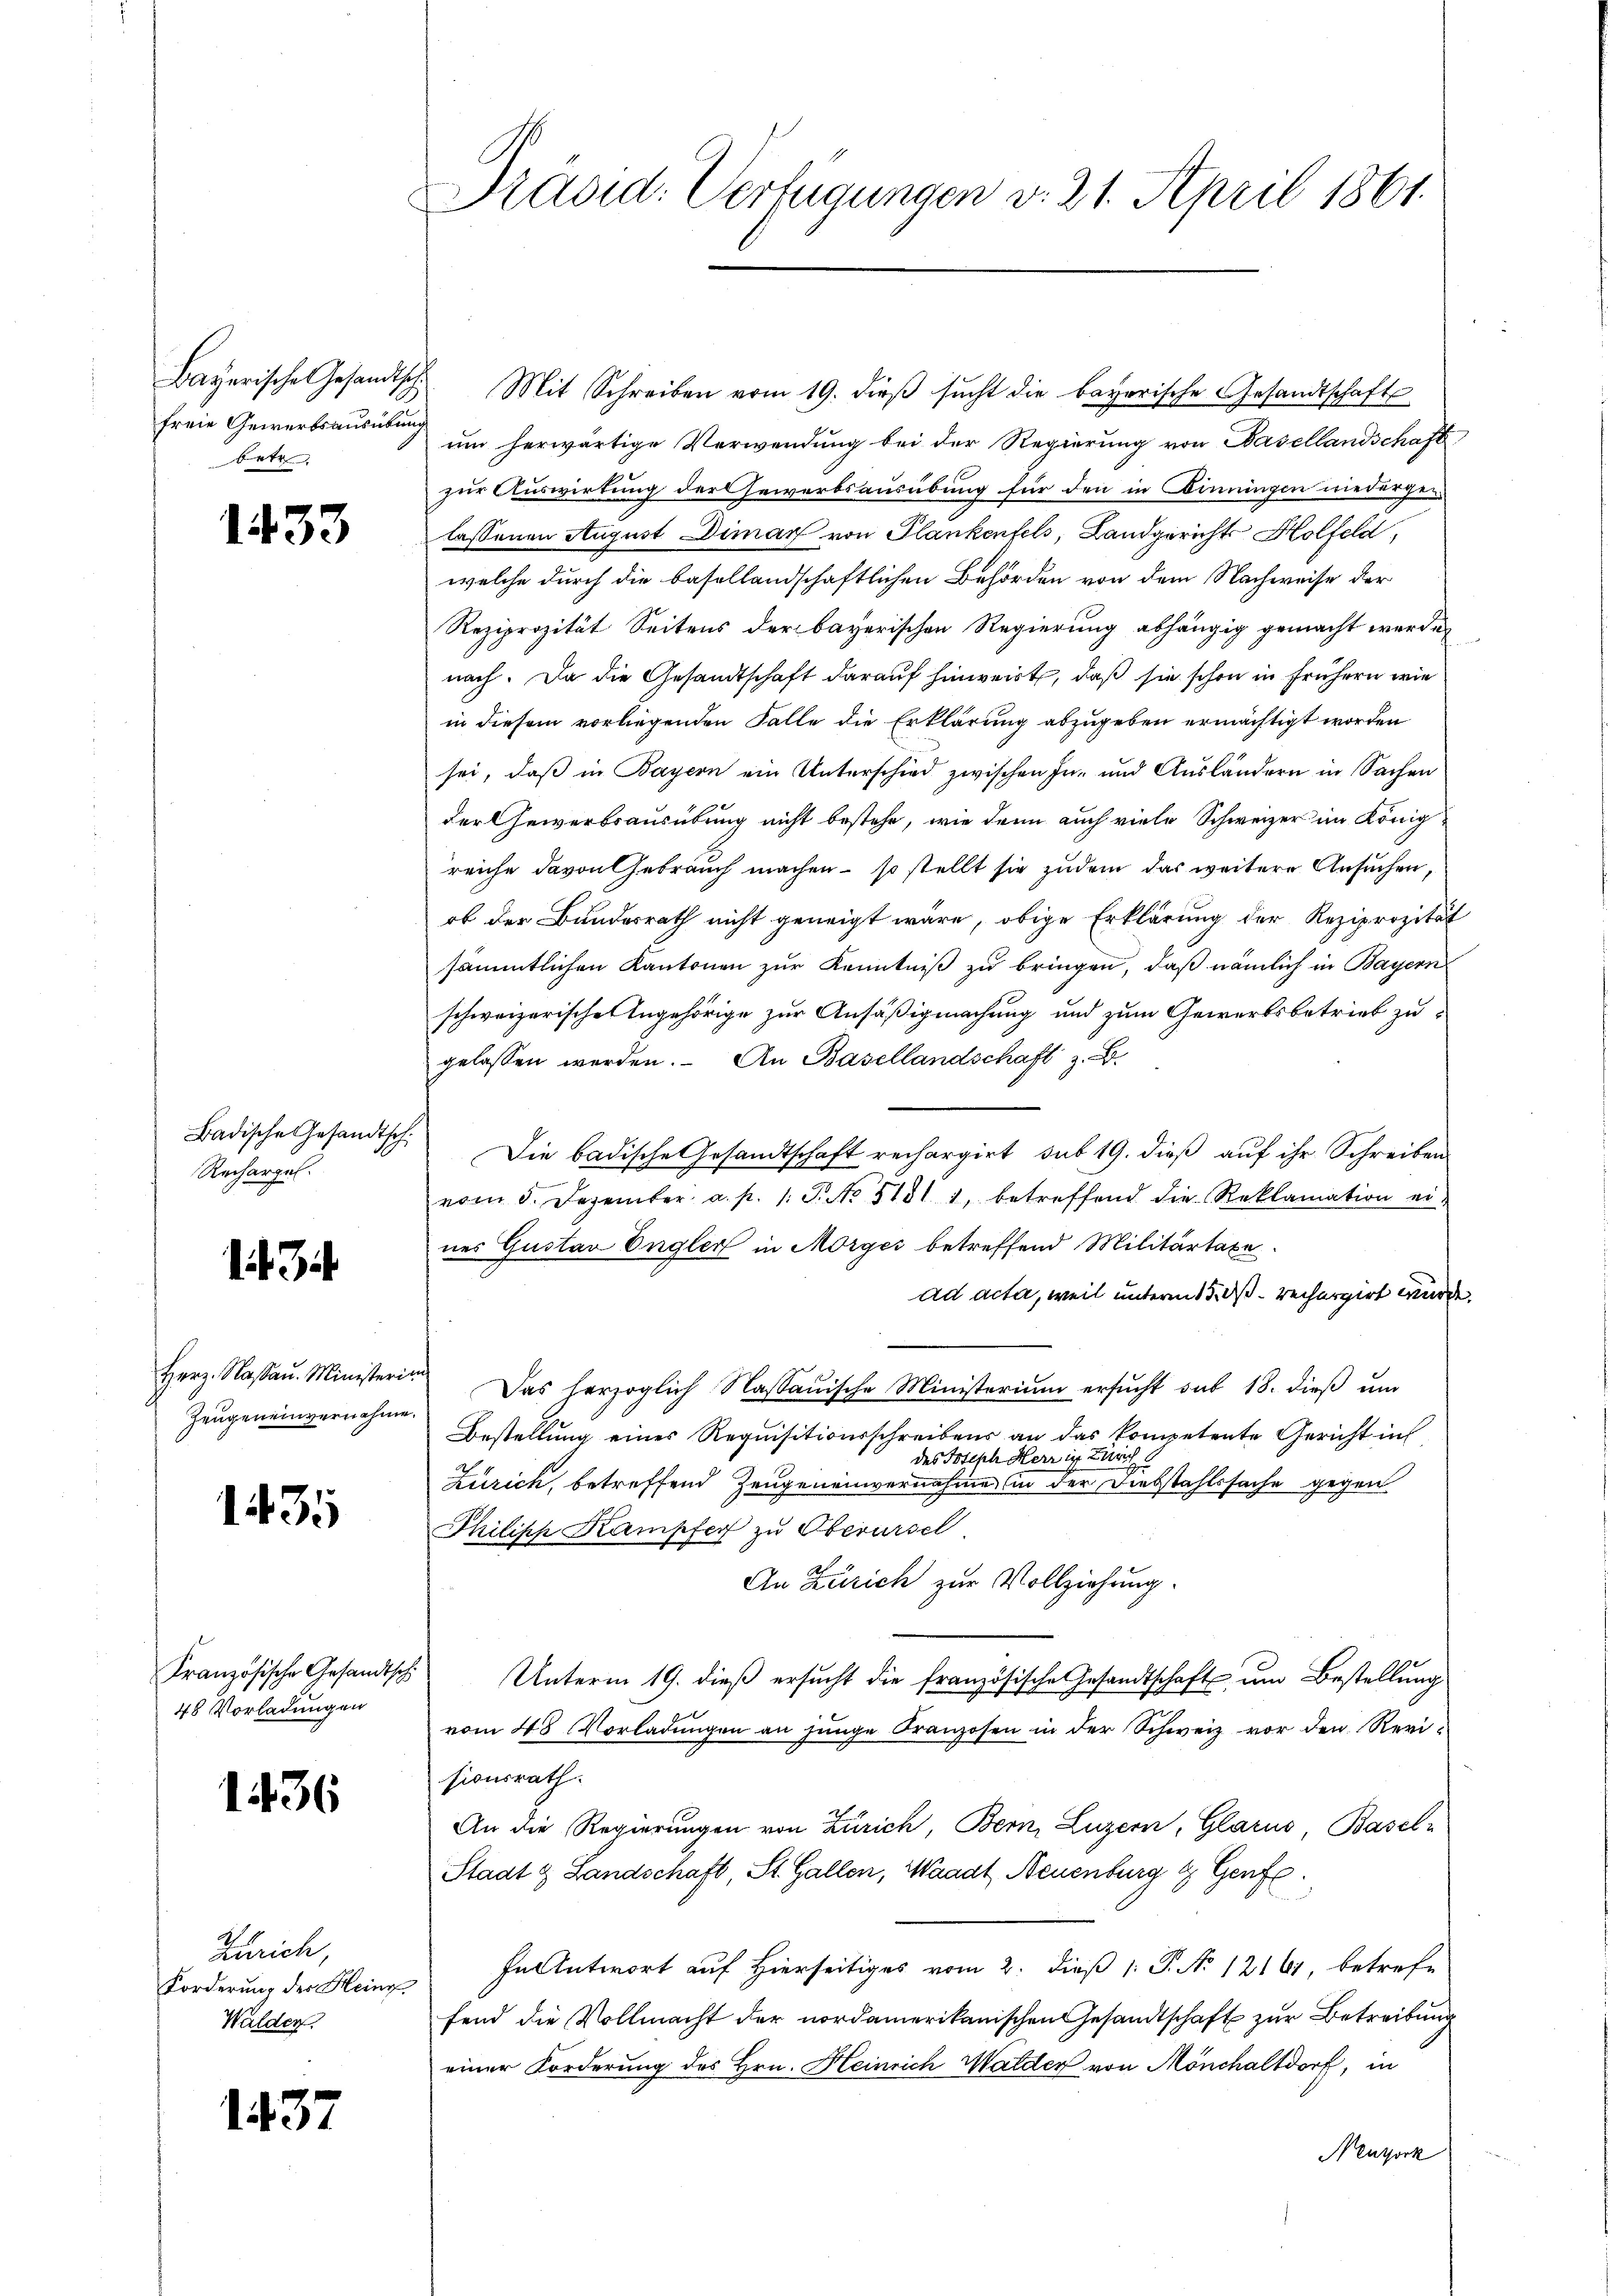
freie Gewerbsausübung
betr.

1433

Badische Gesandtsch
Rechargel.

Herz. Nassau. Ministerim
Zeugen einvernahme.

1435

48 Vorladungen

1436

Zürich,
Forderung der Heinr
Walden.

1437

Präsid. Verfügungen v. 21. April 1861.

Bayerische Gesandtsch. Mit Schreiben vom 19. dieβ sŭcht die bayerische Gesandtschaft
um herwärtige Verwendung bei der Regierung von Basellandschaft
zur Auswirkung der Gewerbsausübung für den in Dinningen niedergen
lassenen August Dimar von Plankenfels, Landgerichts Holfeld,
welche durch die basellandschaftlichen Behörden von dem Nachweise der
Reziprozität Seitens der bayerischen Regierung abhängig gemacht werde,
nach. Da die Gesandtschaft darauf hinweirt, daß sie schon in frühern wie
in diesem vorliegenden Falle die Erklärung abzugeben ermächtigt worden
sei, daß in Bayern ein Unterschied zwischen In- und Ausländern in Sachen
der Gewerbsausübung nicht bestehe, wie dann auch viele Schweizer im Königreiche davon Gebrauch machen – so stellt sie zudem das weitere Ansuchen,
ob der Bundesrath nicht geneigt wäre, obige Erklärung der Reziprozität
sämmtlichen Kantonen zur Kenntniß zu bringen, daß nämlich in Bayern
schweizerischen Angehörige zur Ansäßigmachung und zum Gewerbsbetrieb zu
gelassen werden. An Basellandschaft z. B.
Die badische Gesandtschaft rechargirt, sub 19. dieß auf ihr Schreiben
vom 5. Dezember a. p. 1. P. No 51811, betreffend die Reklamation ei
nes Gustan Engler in Morges betreffend Militärtaxa
ad acta, weil unterm 15. dß. rechargirt wurde.
Das herzoglich Nassauische Ministerium ersucht sub 18. dieß um
Bestellung eines Requisitionsschreibens an das kompetente Gericht in
des Joseph Herr in Zürich
Zürich, betreffend Zeugeneinvernahme in der Diebstahlssache gegen
Philipp Kampfer zu Oberersel
An Zürich zur Vollziehung.
Französische Gesandtsch Unterm 19. dieβ ersucht die französische Gesandtschaft um Bestellung
vom 48. Vorladungen an junge Franzosen in der Schweiz vor den Revisionsrath.
An die Regierungen von Zürich, Bern, Luzern, Glarus, Baseln
Stadt & Landschaft, St. Gallen, Waadt, Neuenburg & Genfe
In Antwort auf Hierseitiges vom 2. dieß 1: P. No 12161, betrefe
fend die Vollmacht der nordamerikanischen Gesandtschaft zur Betreibung
einer Forderung des Hrn. Heinrich Walder von Mönchaltdorf, in
Neuthork